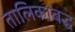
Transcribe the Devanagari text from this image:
तालिकाबद्ध